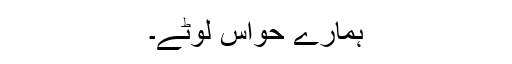
ہمارے حواس لوٹے۔